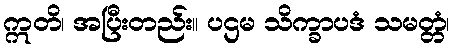
ဣတိ၊ အပြီးတည်း။ ပဌမ သိက္ခာပဒံ သမတ္တံ၊